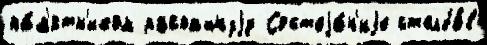
па́м'ятн'иком распашнуjу Состоjа́н'иjе столбо́в